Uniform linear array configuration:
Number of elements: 8
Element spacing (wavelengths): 0.25
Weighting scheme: blackman
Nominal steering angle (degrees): -60
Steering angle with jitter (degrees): -61.891
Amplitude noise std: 0.05
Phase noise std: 0.05

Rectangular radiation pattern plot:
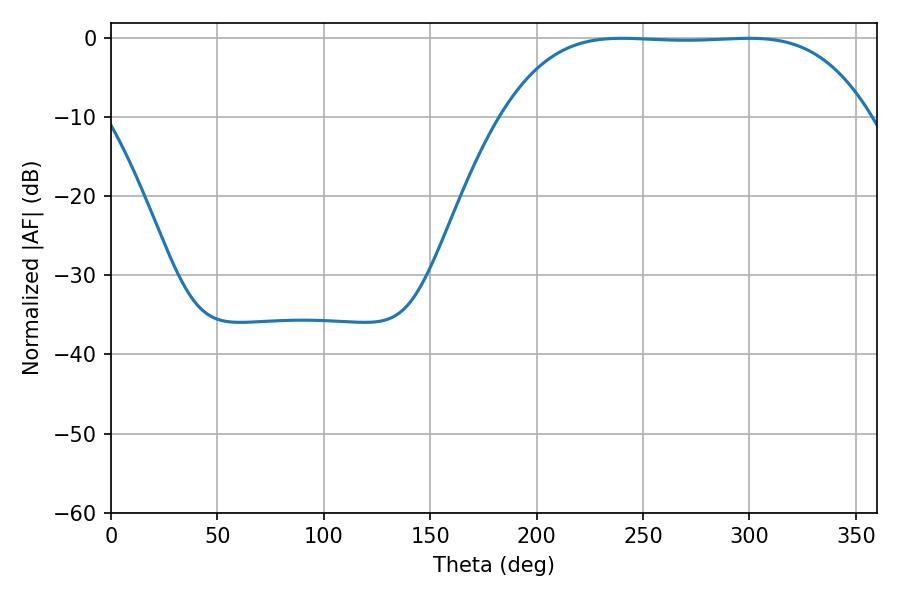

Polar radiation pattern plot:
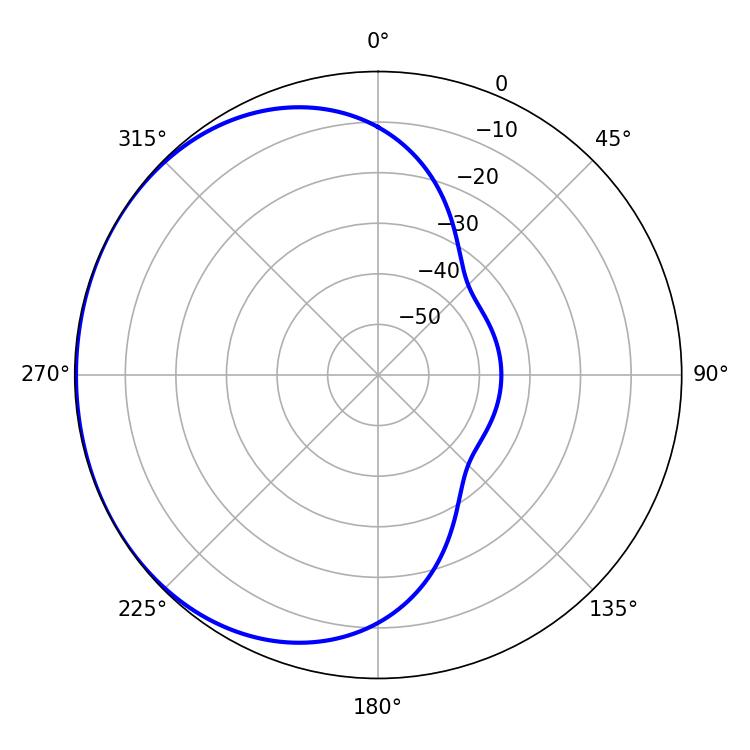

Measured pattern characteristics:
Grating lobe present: FALSE
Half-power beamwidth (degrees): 132.48
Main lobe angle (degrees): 299.88